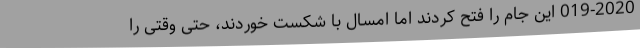
019-2020 این جام را فتح کردند اما امسال با شکست خوردند، حتی وقتی را